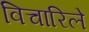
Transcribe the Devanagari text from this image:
विचारिले